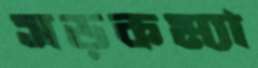
সড়কম্যা